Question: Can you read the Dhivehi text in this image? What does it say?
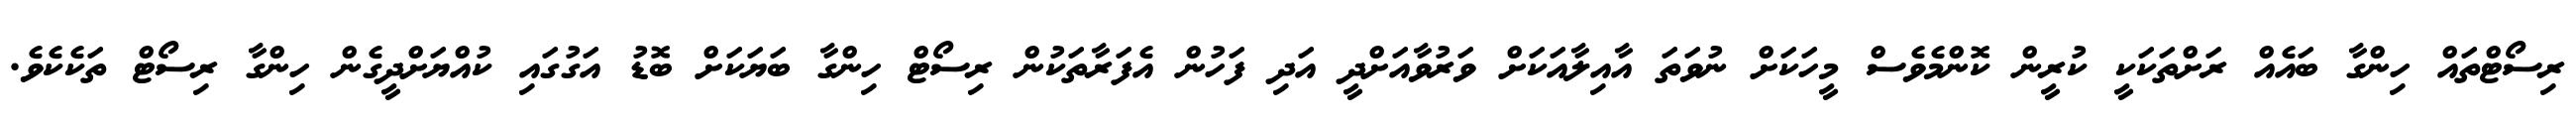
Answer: ރިސޯޓްތައް ހިންގާ ބައެއް ރަށްތަކަކީ ކުރީން ކޮންމެވެސް މީހަކަށް ނުވަތަ އާއިލާއަކަށް ވަރުވާއަށްދީ އަދި ފަހުން އެފަރާތަކުން ރިސޯޓް ހިންގާ ބަޔަކަށް ބޮޑު އަގުގައި ކުއްޔަށްދީގެން ހިންގާ ރިސޯޓް ތަކެކެވެ.